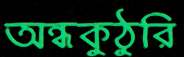
অন্ধকুঠুরি